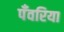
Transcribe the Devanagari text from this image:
पँवरिया